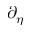
\partial _ { \eta }